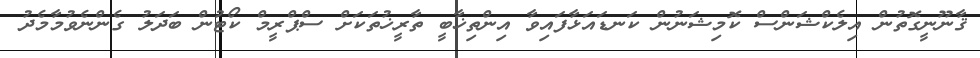
ޤާނޫނީގޮތުން އިލެކްޝަންސް ކޮމިޝަނުން ކަނޑައަޅާފައިވާ އިންތިޚާބީ ތާރީޚުތަކަށް ސްޕްރީމް ކޯޓުން ބަދަލު ގެންނެވުމާމެދު